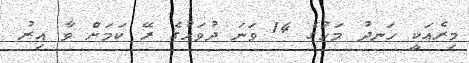
މިރެއަކީ ހަނދު މަހުގެ 14 ވަނަ ދުވަހުގެ ރޭ ކަމަށް ވާ އިރު